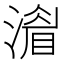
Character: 𣾨